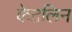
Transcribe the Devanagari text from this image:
केटलिन